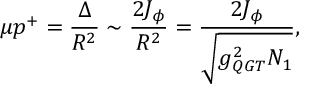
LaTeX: \mu p ^ { + } = \frac { \Delta } { R ^ { 2 } } \sim \frac { 2 J _ { \phi } } { R ^ { 2 } } = \frac { 2 J _ { \phi } } { \sqrt { g _ { Q G T } ^ { 2 } N _ { 1 } } } ,